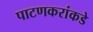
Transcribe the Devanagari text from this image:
पाटणकरांकडे